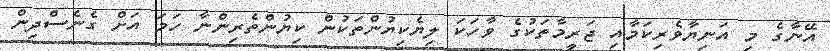
އޭނާގެ މި އަނިޔާވެރިކަމާއި ޖަރީމާތަކުގެ ވާހަކަ ލިޔެކިޔުންތަކުން ކިޔުންތެރިންނާ ހަމަ އަށް ގެނެސްދިން